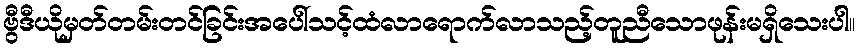
ဗွီဒီယိုမှတ်တမ်းတင်ခြင်းအပေါ်သင့်ထံလာရောက်လာသည့်တူညီသောဖုန်းမရှိသေးပါ။